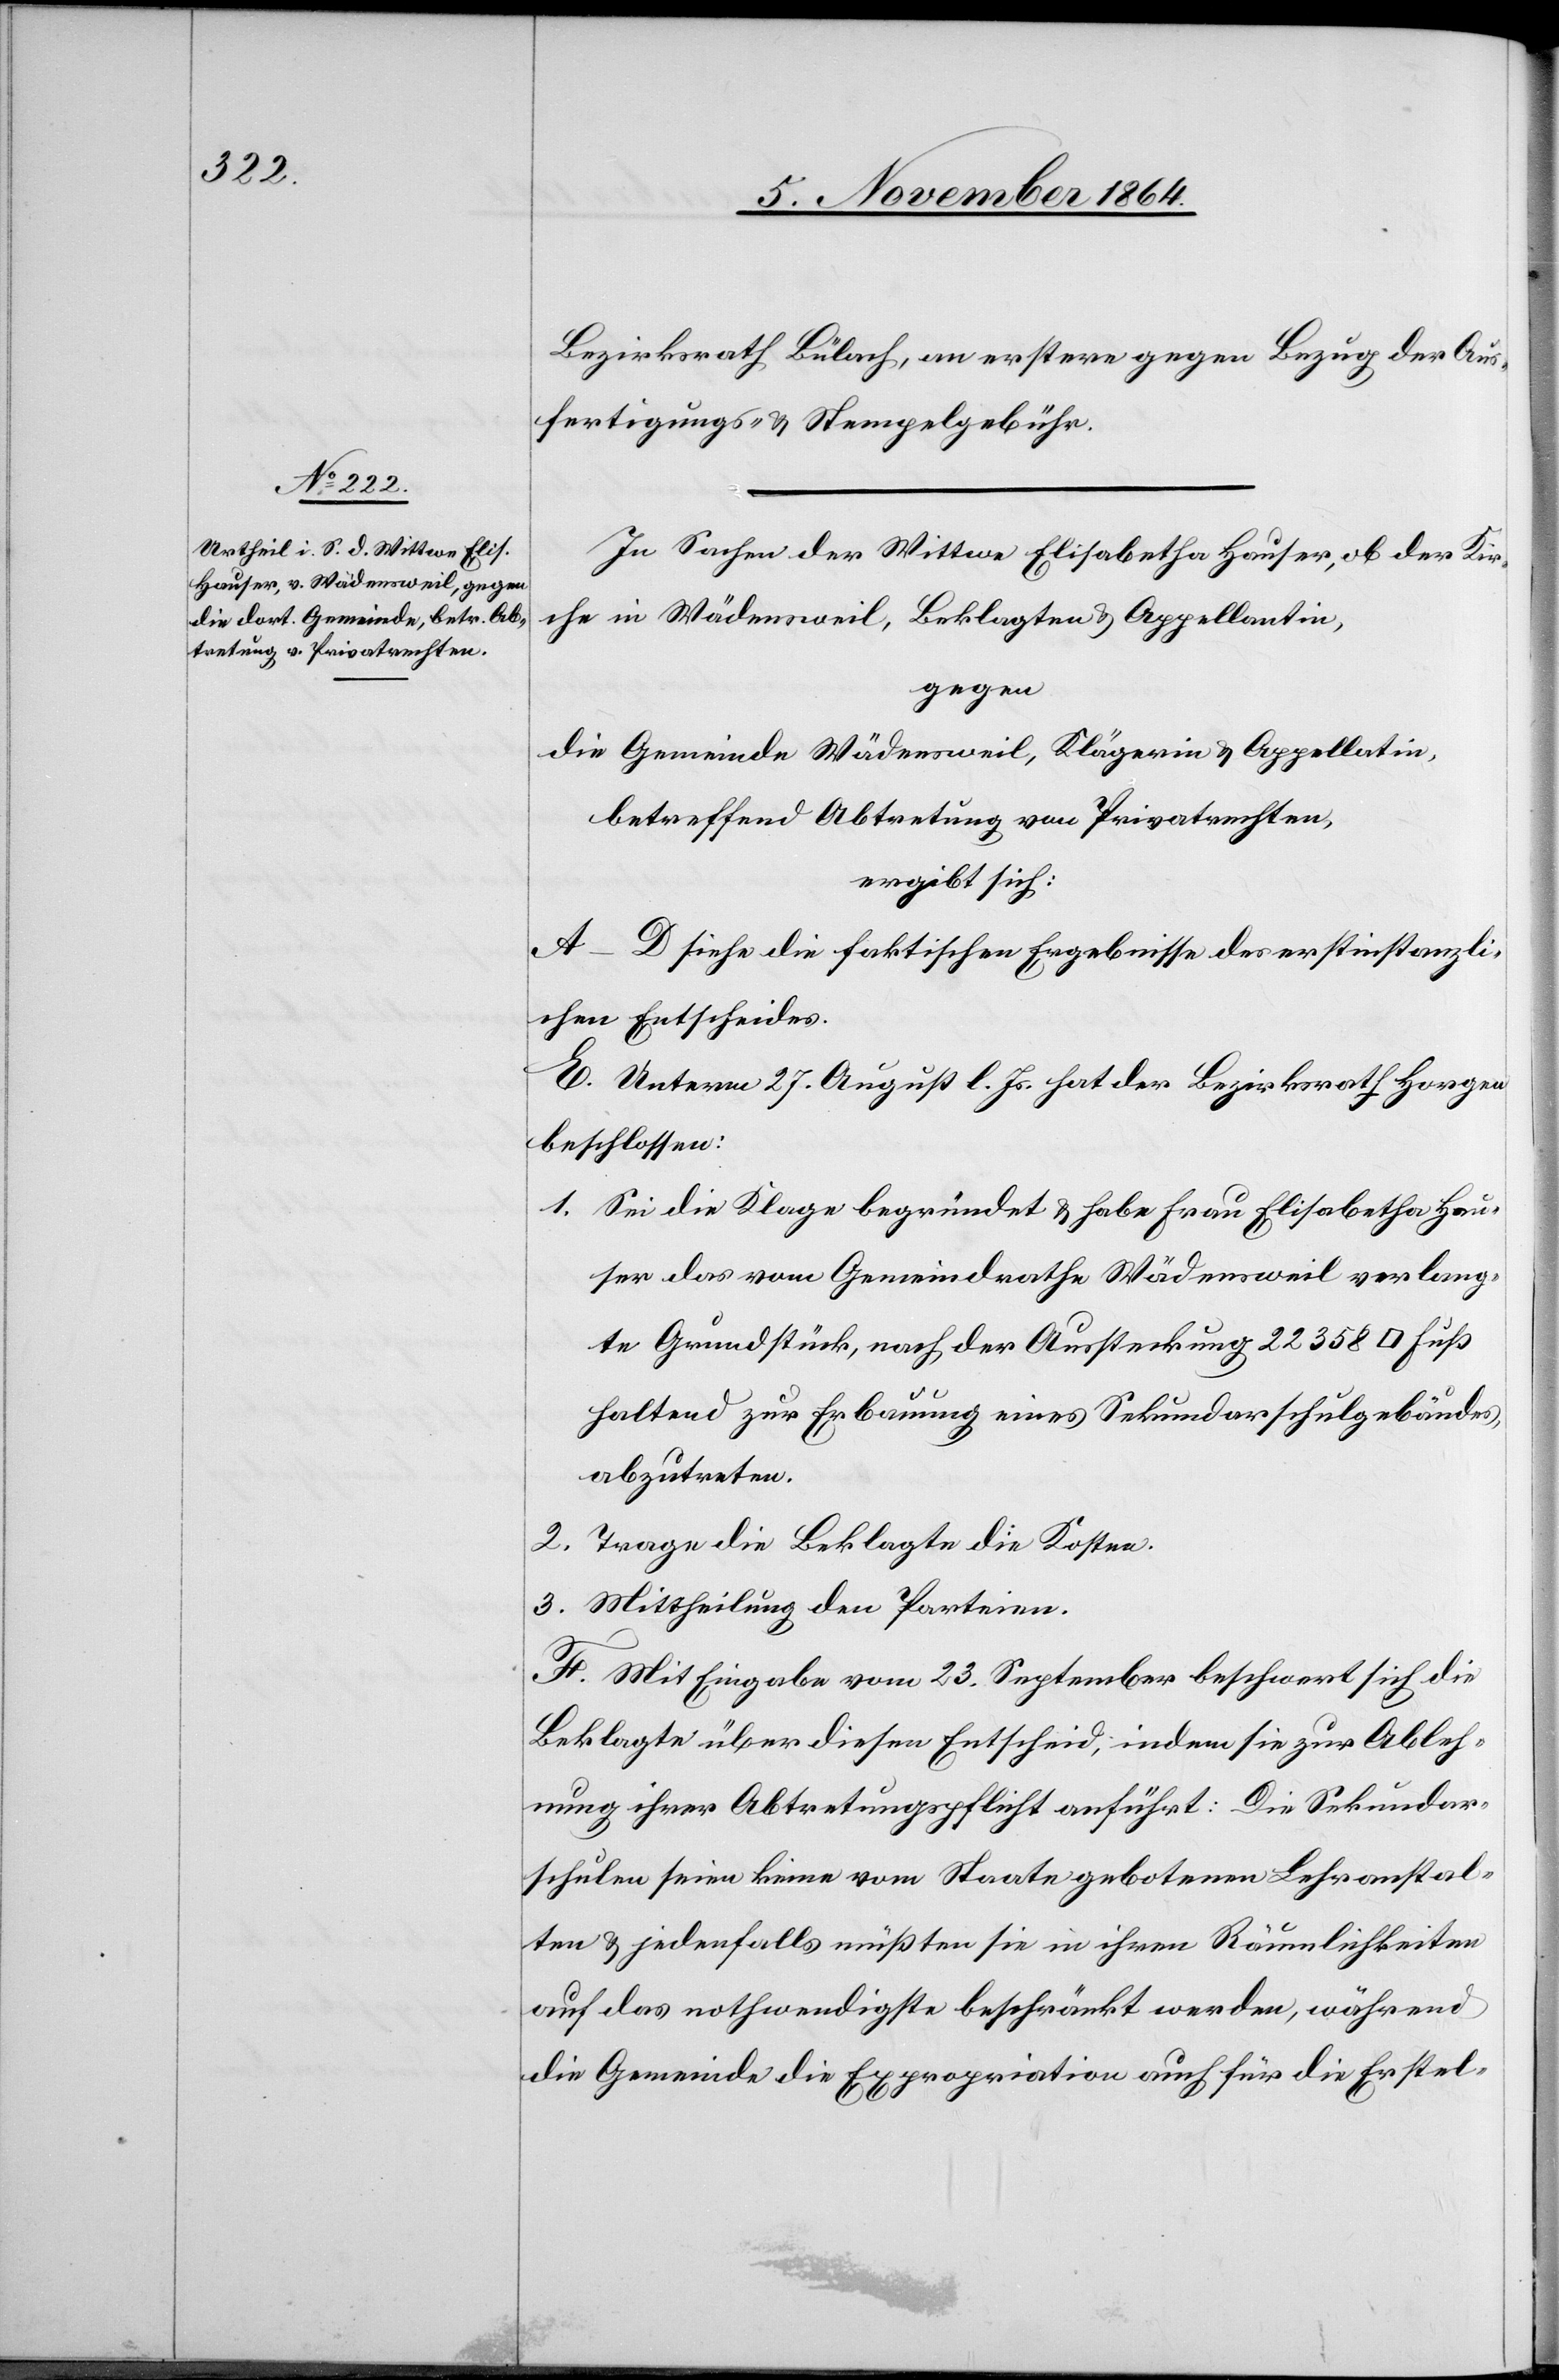
Bezirksrath Bülach, an erstere gegen Bezug der Aus¬
fertigungs- & Stempelgebühr.
In Sachen der Wittwe Elisabetha Hauser, ob der Kir¬
che in Wädensweil, Beklagten [sic!] & Appellantin,
gegen
die Gemeinde Wädensweil, Klägerin & Appellatin,
betreffend Abtretung von Privatrechten,
ergibt sich:
A.–D. siehe die faktischen Ergebnisse des erstinstanzli¬
chen Entscheides.
E. Unterm 27. August l. Js. hat der Bezirksrath Horgen
beschlossen:
1. Sei die Klage begründet & habe Frau Elisabetha Hau¬
ser das vom Gemeindrathe Wädensweil verlang¬
te Grundstück, nach der Aussteckung 22 358
haltend zur Erbauung eines Sekundarschuldgebäudes
abzutreten.
2. Trage die Beklagte die Kosten.
3. Mittheilung den Parteien.
F. Mit Eingabe vom 23. September beschwert sich die
Beklagte über diesen Entscheid, indem sie zur Ableh¬
nung ihrer Abtretungspflicht anführt: Die Sekundar¬
schulen seien keine vom Staate gebotenen Lehranstal¬
ten & jedenfalls müßten sie in ihren Räumlichkeiten
auf das nothwendige beschränkt werden, während
die Gemeinde die Expropriation auch für die Erstel-